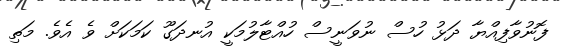
ފޮނުވާފިއްޔާ ދަޅު ހުސް ނުވަނީސް ހުއްޓާލުމަކީ އުނދަގޫ ކަމަކަށް ވެ އެވެ. މަތި